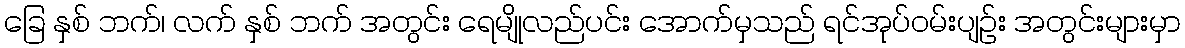
ခြေ နှစ် ဘက်၊ လက် နှစ် ဘက် အတွင်း ရေမျိုလည်ပင်း အောက်မှသည် ရင်အုပ်ဝမ်းပျဉ်း အတွင်းများမှာ